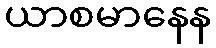
ယာစမာနေန